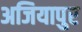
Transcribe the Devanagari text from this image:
अजियापुर